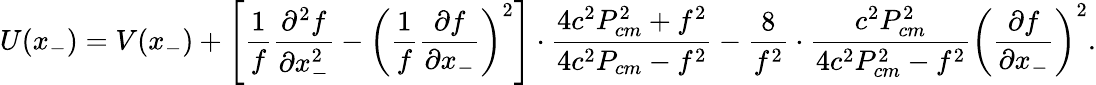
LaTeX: U(x_{-})=V(x_{-})+\left[\frac{1}{f}\frac{{\partial}^{2}f}{{\partial}x_{-}^{2}}-\left(\frac{1}{f}\frac{{\partial}f}{{\partial}x_{-}}\right)^{2}\right]\cdot\frac{4c^{2}P_{cm}^{2}+f^{2}}{4c^{2}P_{cm}-f^{2}}-\frac{8}{f^{2}}\cdot\frac{c^{2}P_{cm}^{2}}{4c^{2}P_{cm}^{2}-f^{2}}\left(\frac{{\partial}f}{{\partial}x_{-}}\right)^{2}.